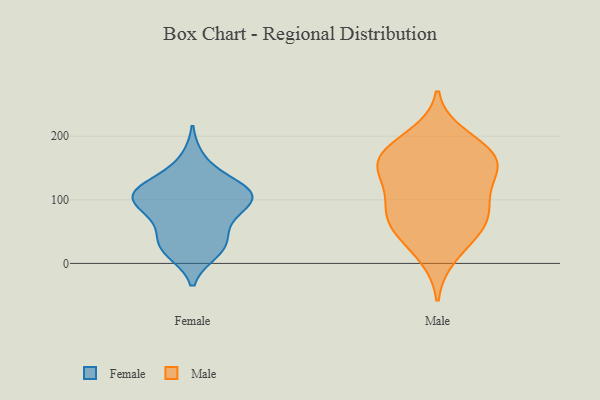
{"axis": {"x": "Waste Production (Tons)", "y": "Value"}, "legend": ["Female", "Male"], "data": [{"x": "", "y": 106, "type": "Female"}, {"x": "", "y": 36, "type": "Female"}, {"x": "", "y": 23, "type": "Female"}, {"x": "", "y": 123, "type": "Female"}, {"x": "", "y": 84, "type": "Female"}, {"x": "", "y": 30, "type": "Female"}, {"x": "", "y": 115, "type": "Female"}, {"x": "", "y": 87, "type": "Female"}, {"x": "", "y": 105, "type": "Female"}, {"x": "", "y": 121, "type": "Female"}, {"x": "", "y": 18, "type": "Female"}, {"x": "", "y": 163, "type": "Female"}, {"x": "", "y": 60, "type": "Female"}, {"x": "", "y": 112, "type": "Female"}, {"x": "", "y": 94, "type": "Female"}, {"x": "", "y": 44, "type": "Male"}, {"x": "", "y": 163, "type": "Male"}, {"x": "", "y": 180, "type": "Male"}, {"x": "", "y": 87, "type": "Male"}, {"x": "", "y": 54, "type": "Male"}, {"x": "", "y": 200, "type": "Male"}, {"x": "", "y": 130, "type": "Male"}, {"x": "", "y": 141, "type": "Male"}, {"x": "", "y": 169, "type": "Male"}, {"x": "", "y": 67, "type": "Male"}, {"x": "", "y": 165, "type": "Male"}, {"x": "", "y": 149, "type": "Male"}, {"x": "", "y": 12, "type": "Male"}, {"x": "", "y": 94, "type": "Male"}, {"x": "", "y": 80, "type": "Male"}]}